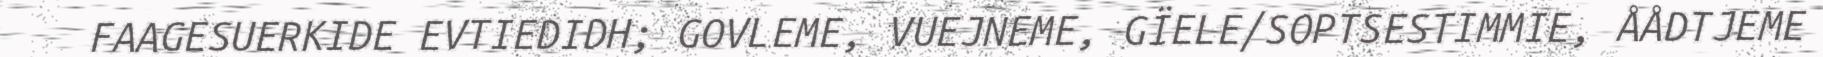
FAAGESUERKIDE EVTIEDIDH; GOVLEME, VUEJNEME, GÏELE/SOPTSESTIMMIE, ÅÅDTJEME